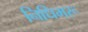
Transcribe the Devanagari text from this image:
निधिमरू